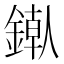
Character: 𬫶